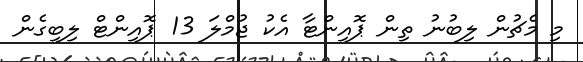
މި މެޗުން ލިބުނު ތިން ޕޮއިންޓާ އެކު ޖުމްލަ 13 ޕޮއިންޓް ލިބިގެން